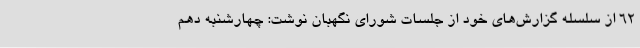
62 از سلسله گزارش‌های خود از جلسات شورای نگهبان نوشت: چهارشنبه دهم